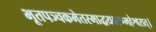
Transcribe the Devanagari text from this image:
भूतपञ्चकमेतस्माद्धयवरण्महेश्वरात्।